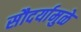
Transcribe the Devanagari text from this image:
सौदर्यामुळे